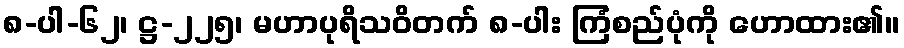
၈-ပါ-၆၂၊ ဋ္ဌ-၂၂၅၊ မဟာပုရိသဝိတက် ၈-ပါး ကြံစည်ပုံကို ဟောထား၏။